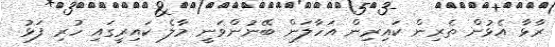
ރާޅާ އެޅުން ތެރިން ކައިރިން އަހާލަން ބޭނުންވަނީ މާލެ ކައިރީގައި ހުރި ފަޅު